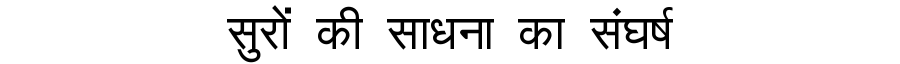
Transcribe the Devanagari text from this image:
सुरों की साधना का संघर्ष